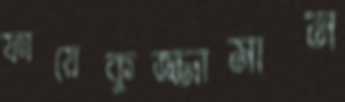
ফায়েকুজ্জামান